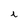
Character: i